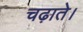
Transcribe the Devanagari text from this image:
चढ़ाते।